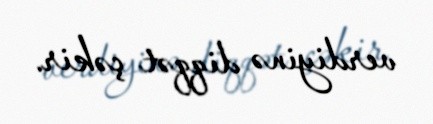
verdiyinə diqqət çəkir.